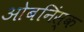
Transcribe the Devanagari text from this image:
ओबनिंस्क